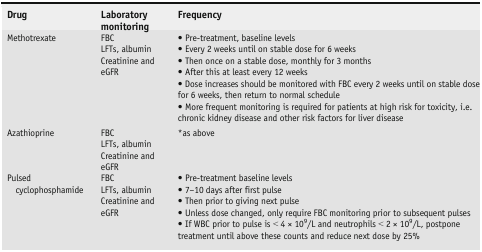
| Drug | Laboratory monitoring | Frequency |
 | --- | --- | --- |
 | Methotrexate | FBCLFTs, albuminCreatinine and eGFR | • Pre-treatment, baseline levels• Every 2 weeks until on stable dose for 6 weeks• Then once on a stable dose, monthly for 3 months• After this at least every 12 weeks• Dose increases should be monitored with FBC every 2 weeks until on stable dose for 6 weeks, then return to normal schedule• More frequent monitoring is required for patients at high risk for toxicity, i.e. chronic kidney disease and other risk factors for liver disease |
 | Azathioprine | FBCLFTs, albuminCreatinine and eGFR | *as above |
 | Pulsed cyclophosphamide | FBCLFTs, albuminCreatinine and eGFR | • Pre-treatment baseline levels• 7–10 days after first pulse• Then prior to giving next pulse• Unless dose changed, only require FBC monitoring prior to subsequent pulses• If WBC prior to pulse is < 4 × 109/L and neutrophils < 2 × 109/L, postpone treatment until above these counts and reduce next dose by 25% |